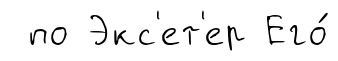
по Экс'ет'ер Его́